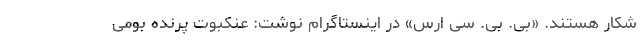
شکار هستند. «بی. بی. سی ارس» در اینستاگرام نوشت: عنکبوت پرنده بومی